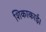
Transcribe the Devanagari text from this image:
शिकाकाई।